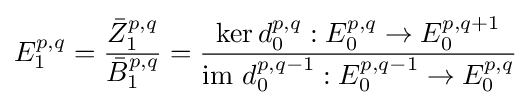
E_{1}^{p,q}={\frac {{\bar {Z}}_{1}^{p,q}}{{\bar {B}}_{1}^{p,q}}}={\frac {\ker d_{0}^{p,q}:E_{0}^{p,q}\rightarrow E_{0}^{p,q+1}}{{\mbox{im }}d_{0}^{p,q-1}:E_{0}^{p,q-1}\rightarrow E_{0}^{p,q}}}